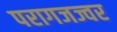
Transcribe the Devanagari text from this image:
परागजज्वर